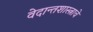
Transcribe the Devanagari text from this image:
वेदान्तशास्त्राचे